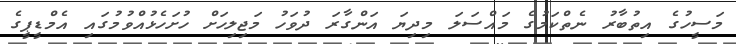
މަސީހުގެ އިތުބާރު ނެތްކަމުގެ މައްސަލަ މިދިޔަ އަންގާރަ ދުވަހު މަޖިލިހަށް ހުށަހެޅުއްވުމުގައި އެމްޑީޕީގެ